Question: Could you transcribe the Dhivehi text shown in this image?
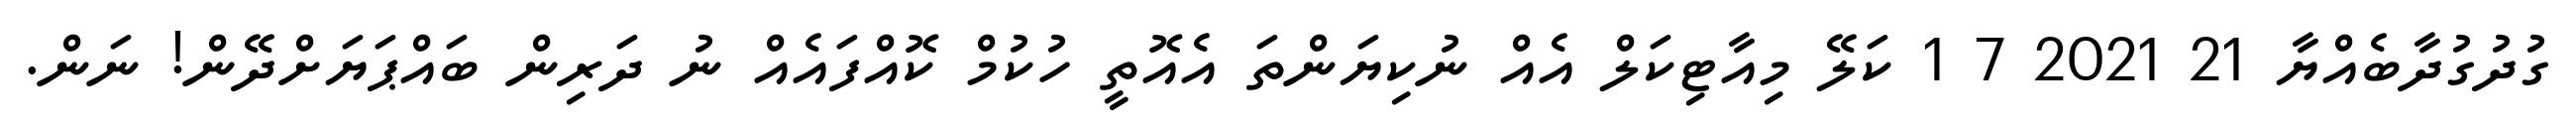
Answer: ގުދުގުދާބެއްޔާ 21 2021 7 1 ކަލޭ މިއާޓިކަލް އެއް ނުކިޔަންތަ އެއޮތީ ހުކުމް ކޮއްފައެއް ނު ދަރިން ބައްޕަޔަށްދޭން! ނަން.